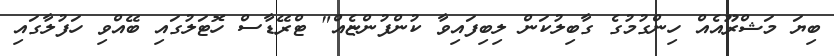
ބިޔަ މަޝްރޫއެއް ހިންގުމުގެ ގާބިލުކަން ލިބިފައިވާ ކުންފުންޏެއް" ޓްރޭޑާސް ހޮޓަލުގައި ބޭއްވި ހަފުލާގައި